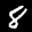
Label: 8